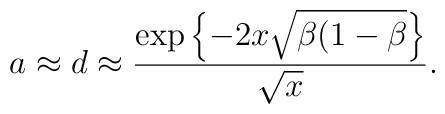
a\approx d\approx \frac{\exp \left\{-2x\sqrt{\beta(1-\beta }\right\}}{\sqrt{x}}.